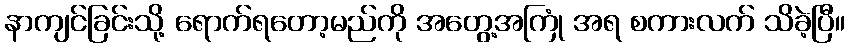
နာကျင်ခြင်းသို့ ရောက်ရတော့မည်ကို အတွေ့အကြုံ အရ စကားလက် သိခဲ့ပြီ။